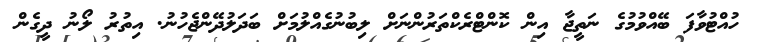
ހުއްޓުވާފަ ބޭއްވުމުގެ ނަތީޖާ އިން ކޮންޓްރެކްތަރުންނަށް ލިބުނުގެއްލުމަށް ބަދަލުދޭންޖެހުނު. އިތުރު ލޯނު ދީގެން